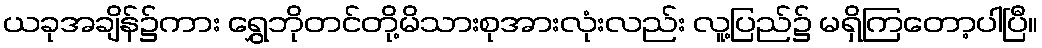
ယခုအချိန်၌ကား ရွှေဘိုတင်တို့မိသားစုအားလုံးလည်း လူ့ပြည်၌ မရှိကြတော့ပါပြီ။